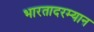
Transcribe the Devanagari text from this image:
भारतादरम्यान